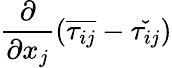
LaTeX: \frac{\partial}{\partial x_{j}}\left(\overline{{\tau_{ij}}}-\check{\tau_{ij}}\right)